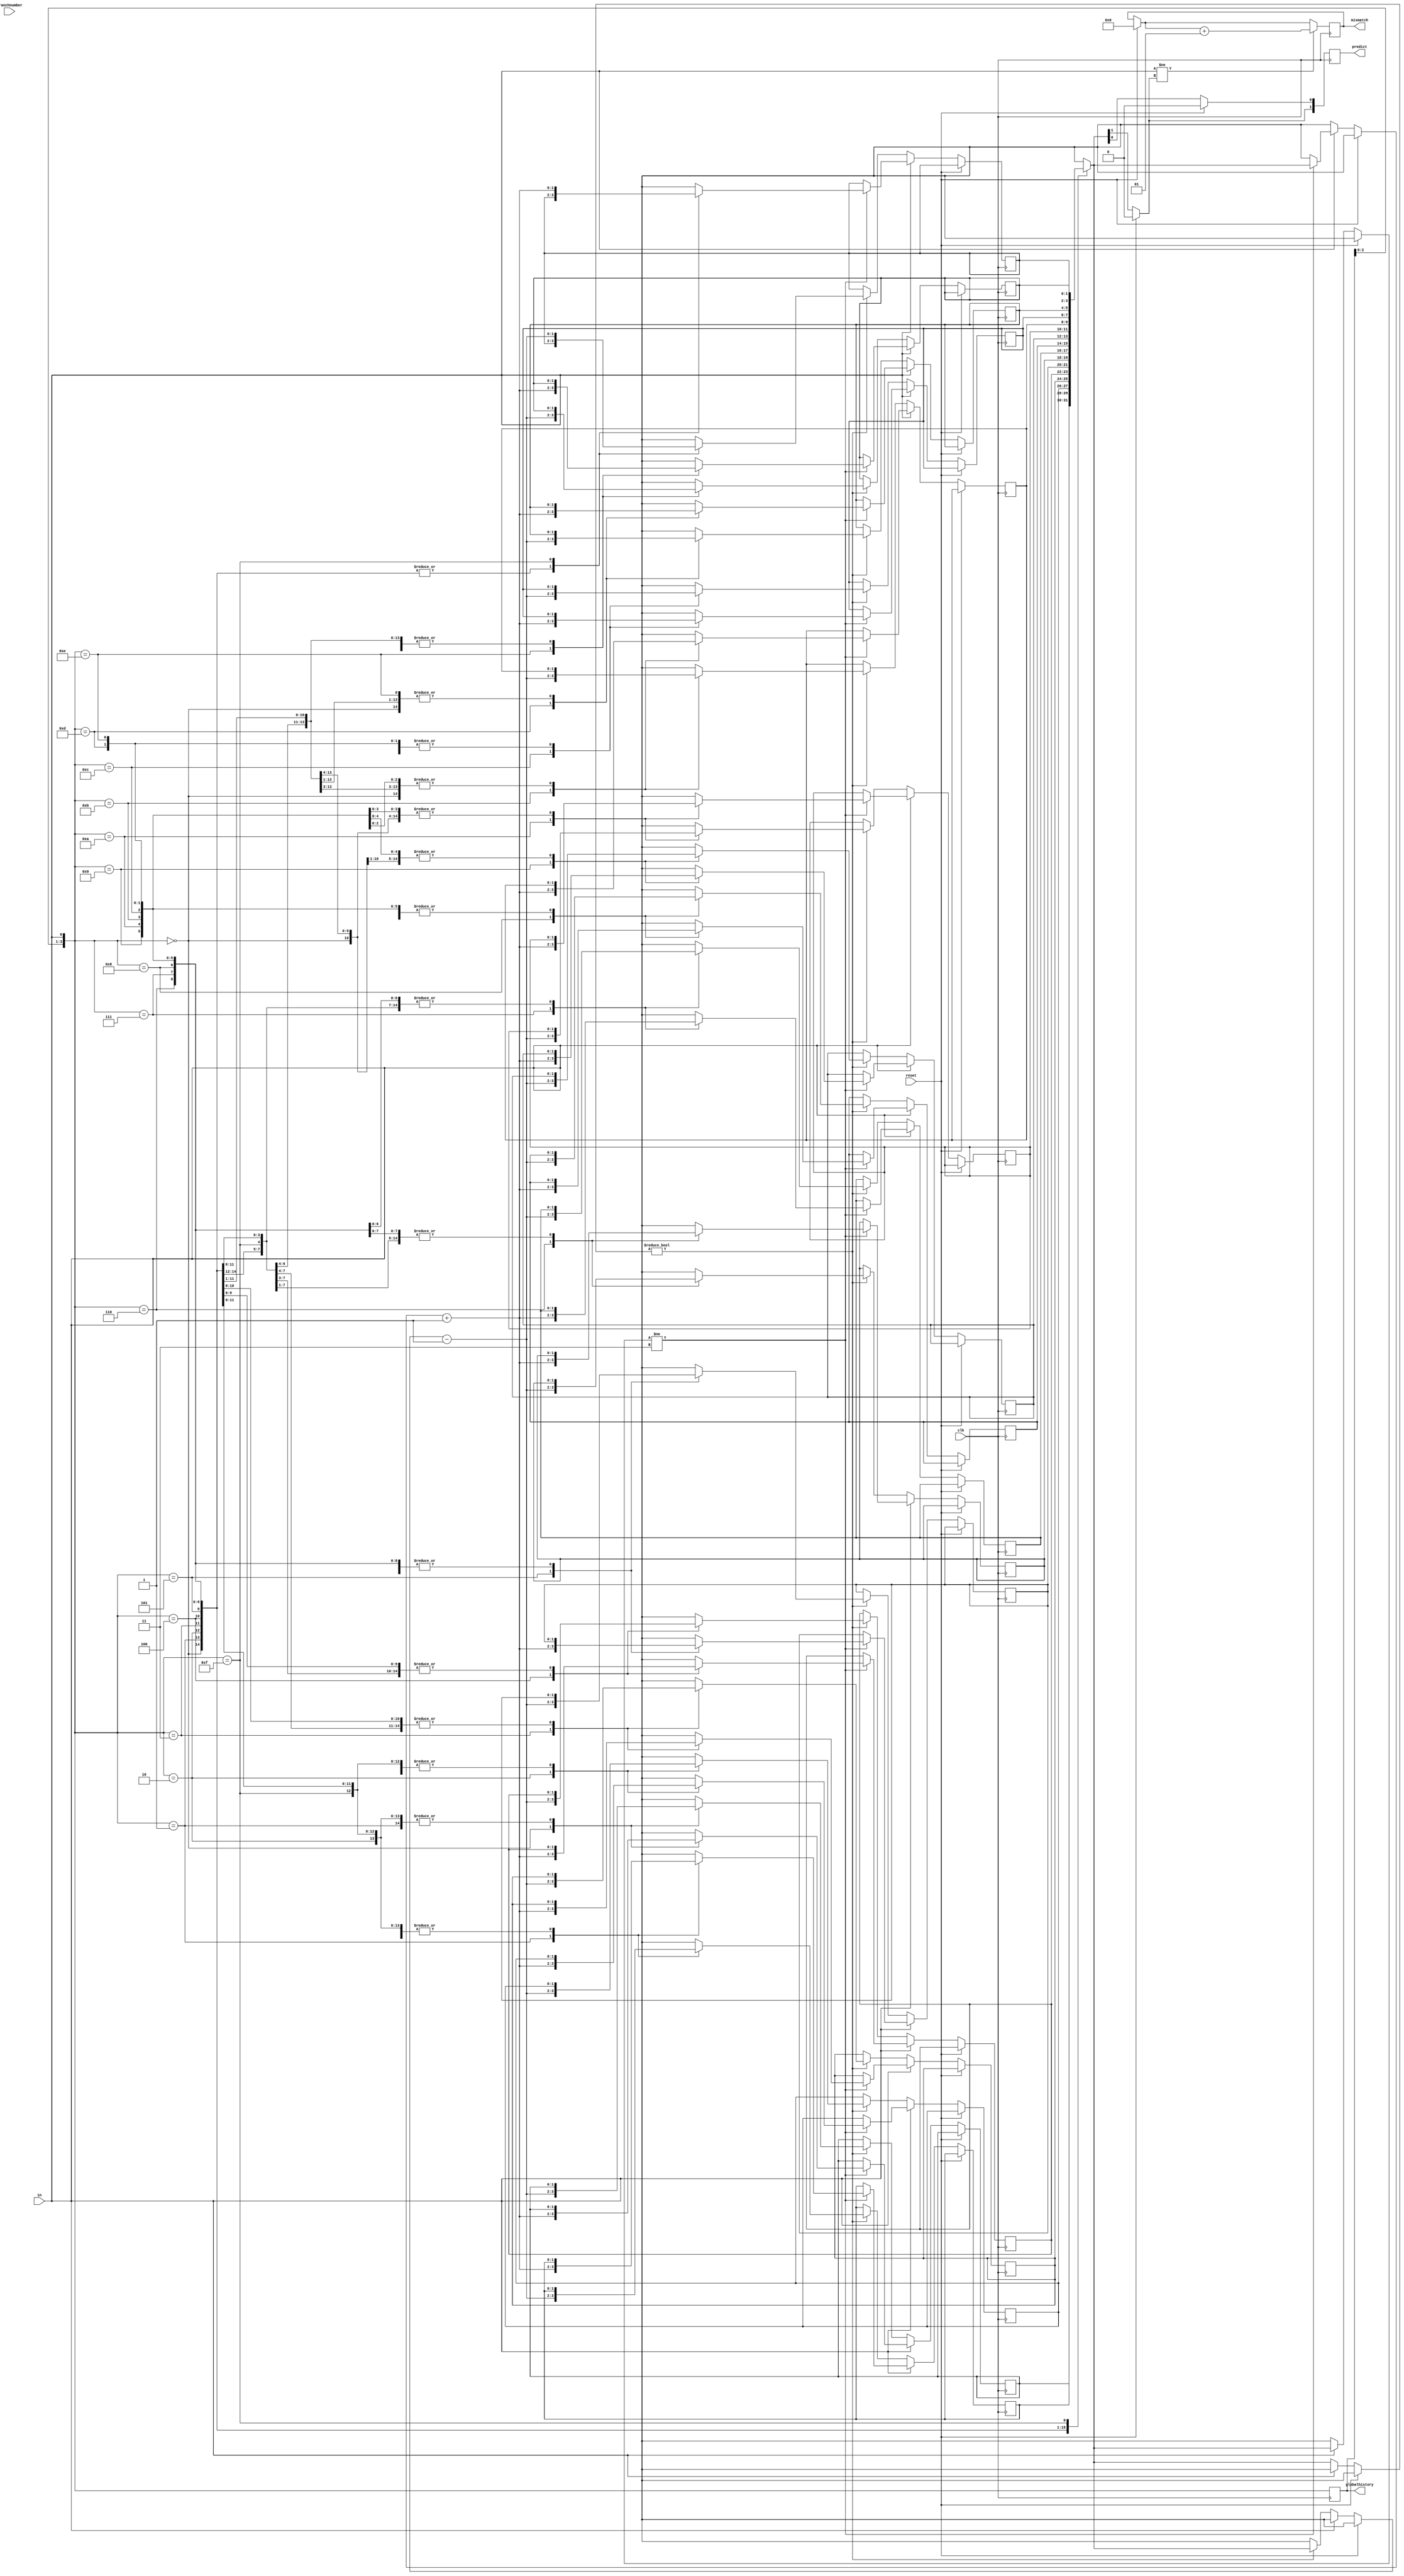
module bp42    (
predict,  
mismatch,
globalhistory,
in,
branchnumber,
reset,
clk,  // clock input
);
//------------Input Ports-------------- 
input clk;
input in;
input branchnumber; 
input reset;
//------------Inermediate--------------
output reg[3:0] globalhistory = 0;
reg [1:0] lookup[0:15];
integer k;
//----------Output Ports--------------
output reg[1:0] predict;
output integer mismatch = 0;

initial
begin
for (k = 0; k < 16; k = k + 1)
begin
    lookup[k] = 2'b00;
end
predict[0]=0;
predict[1]=0;
end

always @(posedge clk) begin

	globalhistory[3] = globalhistory[2];
	globalhistory[2] = globalhistory[1];
	globalhistory[1] = globalhistory[0];
	globalhistory[0] = in;

if (reset == 1) begin
	predict[1] = 0;
	predict[0] = 0;
	mismatch = 0;
	end
else if (in == 1) begin 
	predict = lookup[globalhistory];
	if (lookup[globalhistory] != 2'b11)
	lookup[globalhistory] = lookup[globalhistory] + 1;
	end
else if (in == 0) begin
	predict = lookup[globalhistory];
	if (lookup[globalhistory] != 2'b00)
	lookup[globalhistory] = lookup[globalhistory] - 1;
	end
	
if (in != predict[1])
	mismatch = mismatch+1;
end

endmodule